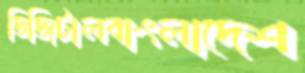
ডিজিটালবাংলাদেশ